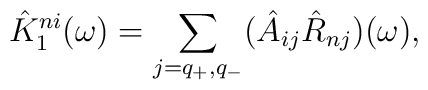
\hat K_{1}^{ni}(\omega) =\sum_{j=q_{+}, q_{-}}(\hat A_{ij} \hat R_{nj})(\omega)\\,